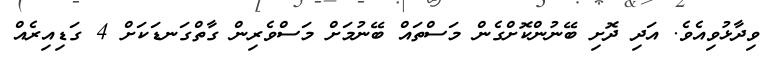
ވިދާޅުވިއެވެ. އަދި ދޮށި ބޭނުންކޮށްގެން މަސްތައް ބޭނުމަށް މަސްވެރިން ގާތްގަނޑަކަށް 4 ގަޑިއިރެއް